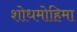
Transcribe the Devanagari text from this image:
शोधमोहिमा